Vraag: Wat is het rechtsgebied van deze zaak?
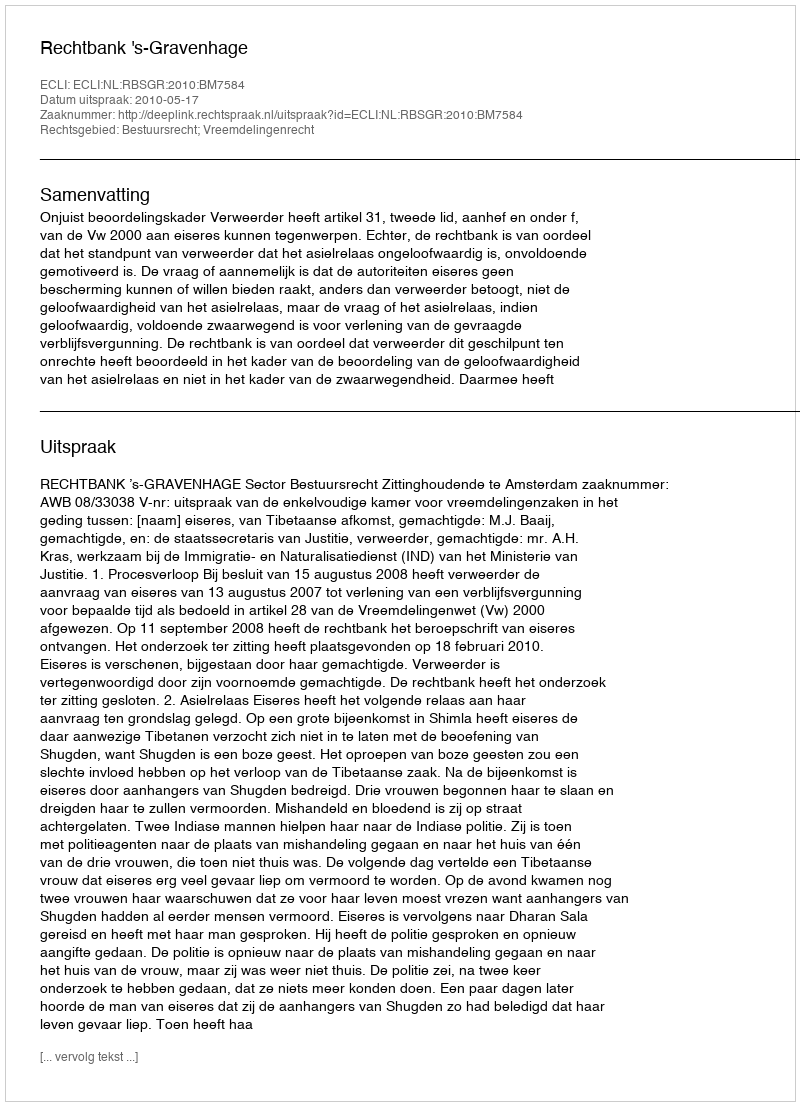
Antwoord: Bestuursrecht; Vreemdelingenrecht